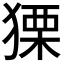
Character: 𤠫